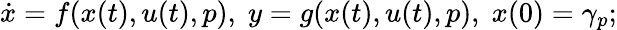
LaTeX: \begin{array}{r}{\dot{x}=f(x(t),u(t),p),\; y=g(x(t),u(t),p),\; x(0)=\gamma_{p};}\end{array}